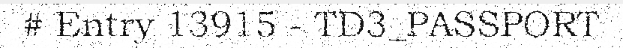
# Entry 13915 - TD3_PASSPORT